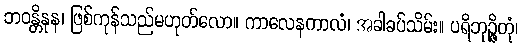
ဘဝန္တိနုန၊ ဖြစ်ကုန်သည်မဟုတ်လော။ ကာလေနကာလံ၊ အခါခပ်သိမ်း။ ပရိဘုဉ္ဇိတုံ၊